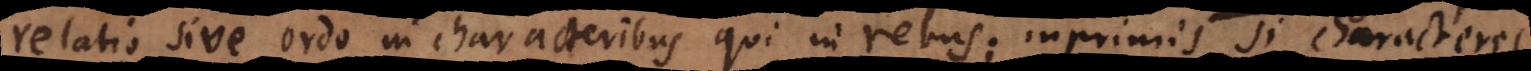
relatio sive ordo in characteribus qui in rebus; inprimis si characteres